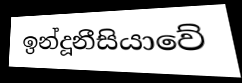
ඉන්දූනීසියාවේ